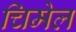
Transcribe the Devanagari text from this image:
चिमेल